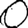
Digit: 0